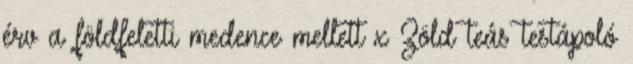
érv a földfeletti medence mellett x Zöld teás testápoló